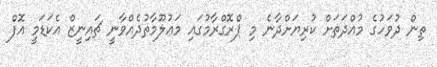
ތިން ދުވަހުގެ މުއްދަތަށް ކުރިޔަށްދާނެ މި ޕްރޮގްރާމުގައި މަޢުލޫމާތުދެއްވާނީ ޗައިނީޒް އެކަޑަމީ އޮފް